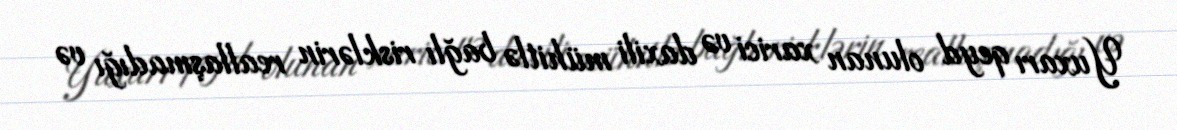
Yuxarı qeyd olunan xarici və daxili mühitlə bağlı risklərin reallaşmadığı və